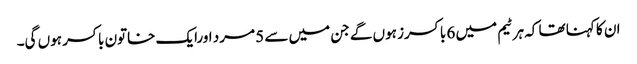
ان کا کہنا تھا کہ ہر ٹیم میں 6 باکسرز ہوں گے جن میں سے 5 مرد اورایک خاتون باکسر ہوں گی۔